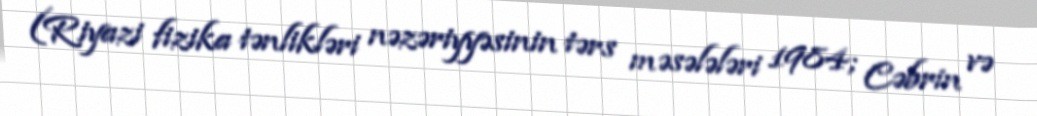
(Riyazi fizika tənlikləri nəzəriyyəsinin tərs məsələləri 1984; Cəbrin və